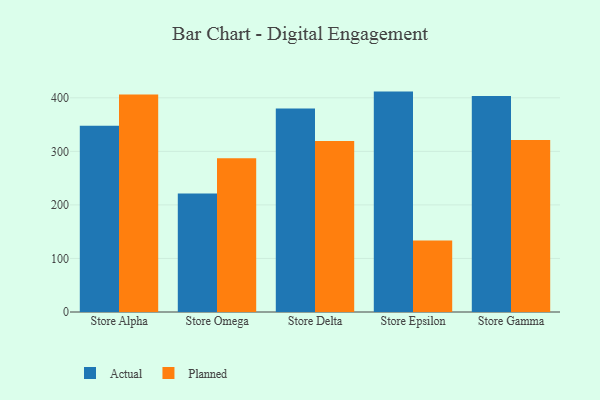
{"axis": {"x": "Store", "y": "Waste Production (Tons)"}, "legend": ["Actual", "Planned"], "data": [{"x": "Store Alpha", "y": 347.7, "type": "Actual"}, {"x": "Store Alpha", "y": 406.1, "type": "Planned"}, {"x": "Store Omega", "y": 221.5, "type": "Actual"}, {"x": "Store Omega", "y": 287.2, "type": "Planned"}, {"x": "Store Delta", "y": 380.0, "type": "Actual"}, {"x": "Store Delta", "y": 319.5, "type": "Planned"}, {"x": "Store Epsilon", "y": 411.6, "type": "Actual"}, {"x": "Store Epsilon", "y": 133.4, "type": "Planned"}, {"x": "Store Gamma", "y": 403.6, "type": "Actual"}, {"x": "Store Gamma", "y": 321.2, "type": "Planned"}]}